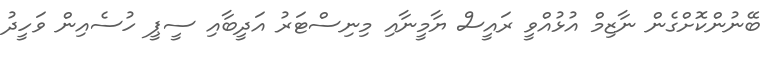
ބޭނުންކޮށްގެން ނާޒިމް އުޅުއްވީ ރައީސް ޔާމީނާއި މިނިސްޓަރު އަދީބާއި ސީޕީ ހުސެއިން ވަހީދު